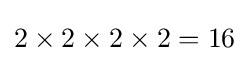
2\times 2\times 2\times 2=16